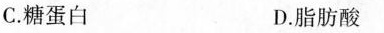
C.糖蛋白 D.脂肪酸